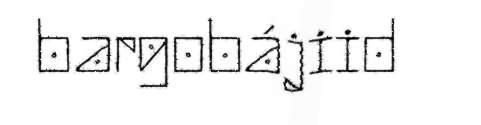
bargobájiid